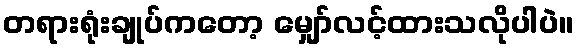
တရားရုံးချုပ်ကတော့ မျှော်လင့်ထားသလိုပါပဲ။